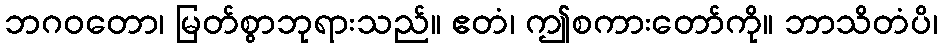
ဘဂဝတော၊ မြတ်စွာဘုရားသည်။ ဧတံ၊ ဤစကားတော်ကို။ ဘာသိတံပိ၊